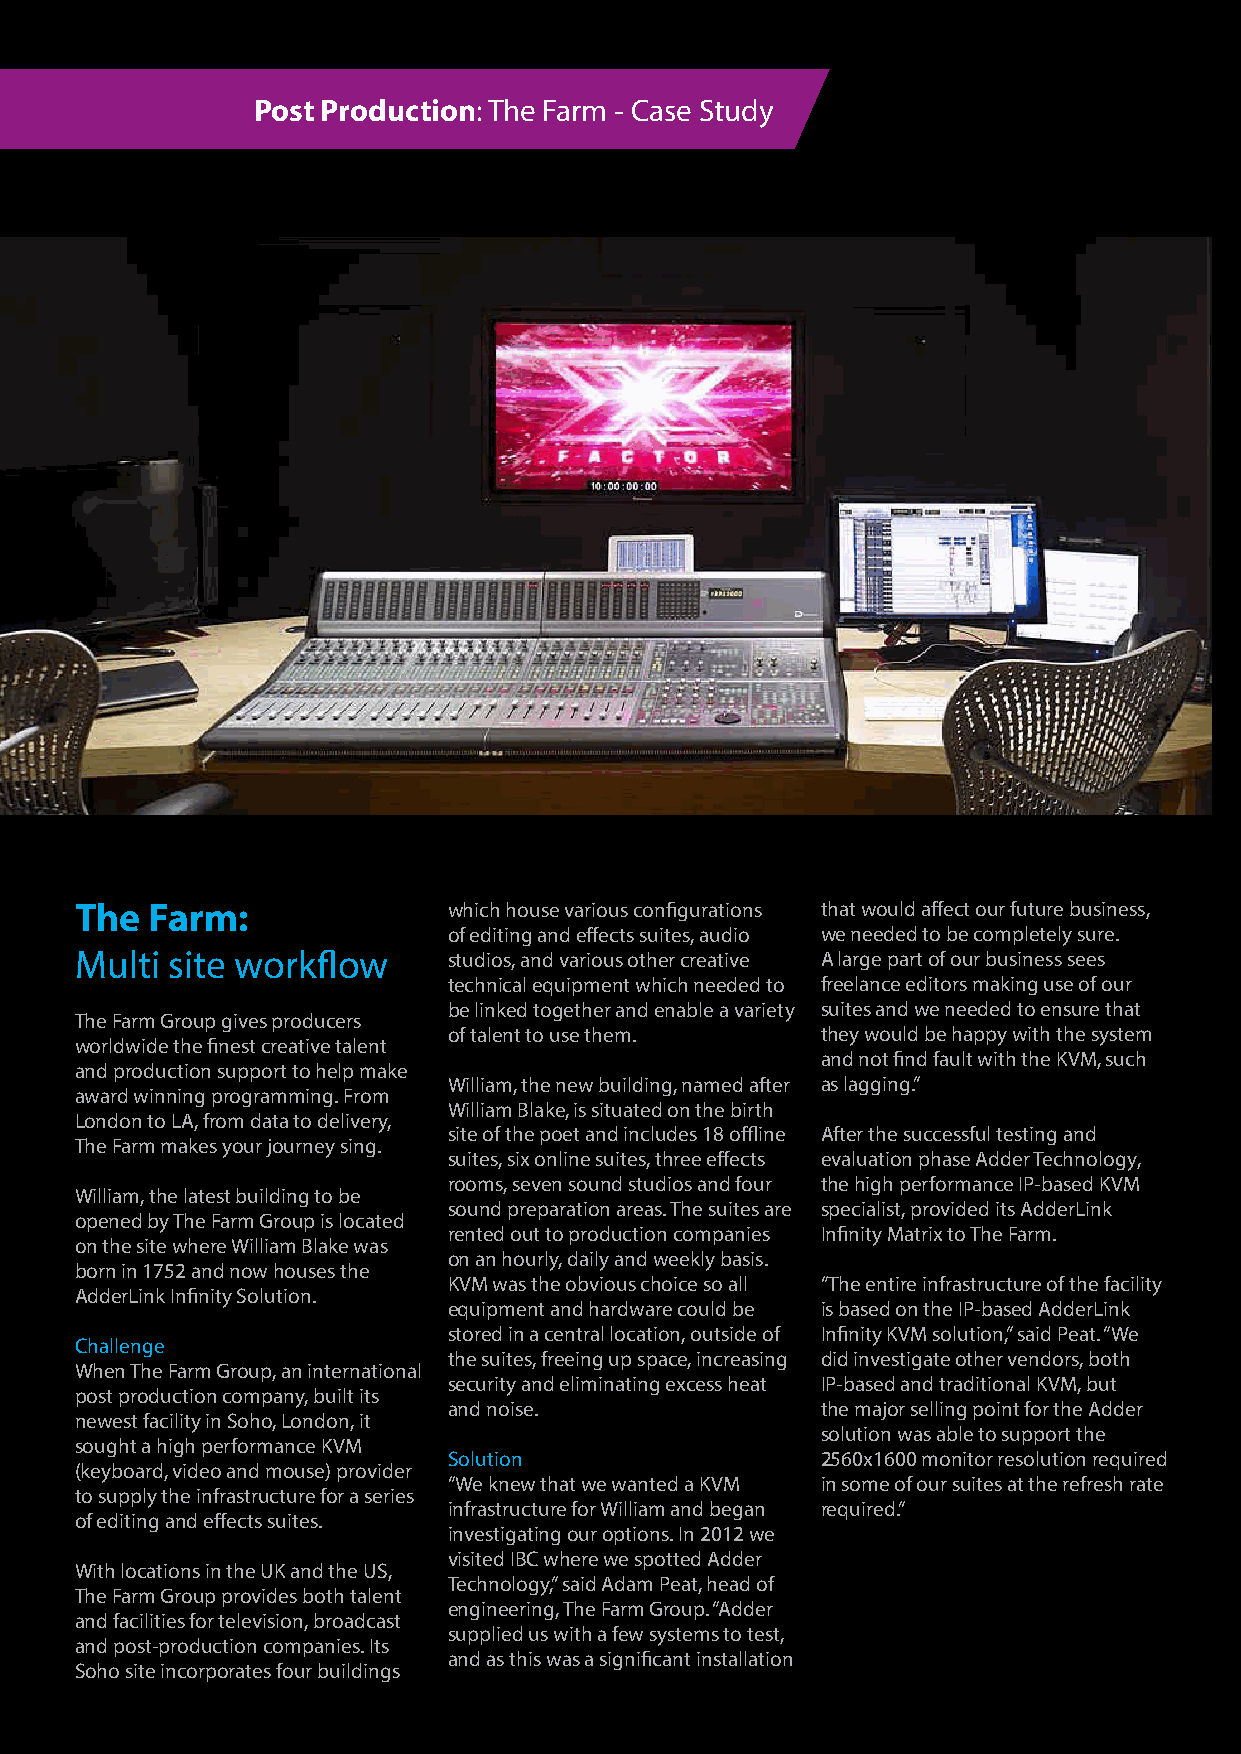
Post Production: The Farm - Case Study
 The  Farm:               which house various configurations that would affect our future business,
 of editing and effects suites, audio we needed to be completely sure.
 Multi site workflow      studios, and various other creative A large part of our business sees
 technical equipment which needed to freelance editors making use of our
 be linked together and enable a variety suites and we needed to ensure that
 The Farm Group gives producers
 of talent to use them.  they would be happy with the system
 worldwide the finest creative talent
 and not find fault with the KVM, such
 and production support to help make
 William, the new building, named after as lagging.”
 award winning programming. From
 William Blake, is situated on the birth
 London to LA, from data to delivery,
 site of the poet and includes 18 offline After the successful testing and
 The Farm makes your journey sing.
 suites, six online suites, three effects evaluation phase Adder Technology,
 rooms, seven sound studios and four the high performance IP-based KVM
 William, the latest building to be
 sound preparation areas. The suites are specialist, provided its AdderLink
 opened by The Farm Group is located
 rented out to production companies Infinity Matrix to The Farm.
 on the site where William Blake was
 on an hourly, daily and weekly basis.
 born in 1752 and now houses the
 KVM was the obvious choice so all “The entire infrastructure of the facility
 AdderLink Infinity Solution.
 equipment and hardware could be is based on the IP-based AdderLink
 stored in a central location, outside of Infinity KVM solution,” said Peat. “We
 Challenge
 the suites, freeing up space, increasing did investigate other vendors, both
 When The Farm Group, an international
 security and eliminating excess heat IP-based and traditional KVM, but
 post production company, built its
 and noise.              the major selling point for the Adder
 newest facility in Soho, London, it
 solution was able to support the
 sought a high performance KVM
 Solution                2560x1600 monitor resolution required
 (keyboard, video and mouse) provider
 “We knew that we wanted a KVM in some of our suites at the refresh rate
 to supply the infrastructure for a series
 infrastructure for William and began required.”
 of editing and effects suites.
 investigating our options. In 2012 we
 visited IBC where we spotted Adder
 With locations in the UK and the US,
 Technology,” said Adam Peat, head of
 The Farm Group provides both talent
 engineering, The Farm Group. “Adder
 and facilities for television, broadcast
 supplied us with a few systems to test,
 and post-production companies. Its
 and as this was a significant installation
 Soho site incorporates four buildings